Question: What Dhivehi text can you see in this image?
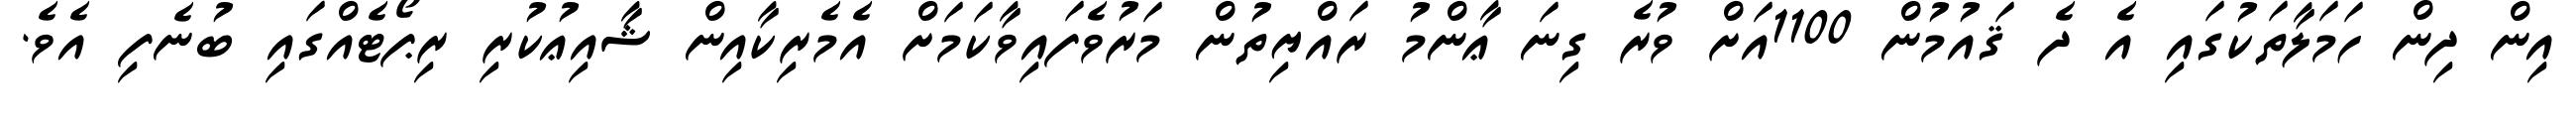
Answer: އިން ދިން ހަމަލާތަކުގައި އެ ދެ ޤައުމުން 1100އަށް ވުރެ ގިނަ ޢާންމު ރައްޔިތުން މަރުވެފައިވާކަމަށް އެމެރިކާއިން ޝާއިޢުކުރި ރިޕޯޓެއްގައި ބުނެފި އެވެ.